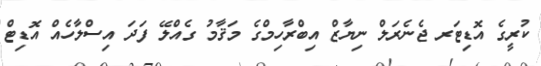
ކުރީގެ އޮޑިޓަރ ޖެނެރަލް ނިޔާޒް އިބްރާހިމްގެ މަޤާމު ގެއްލޭ ފަދަ އިސްލާހެއް އޮޑިޓް